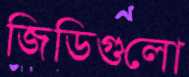
জিডিগুলো